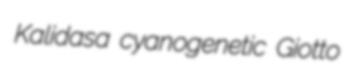
Kalidasa cyanogenetic Giotto